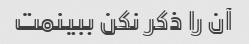
آن را ذکر نکن ببینمت